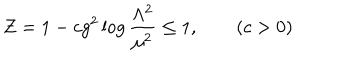
Z = 1 - c g ^ { 2 } \log { \frac { \Lambda ^ { 2 } } { \mu ^ { 2 } } } \leq 1 , \qquad ( c > 0 )